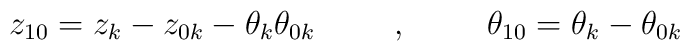
z_{10}=z_{k}-z_{0k}-\theta_{k}\theta_{0k}    \hspace{1cm}  ,\hspace{1cm}   \theta_{10}=\theta_{k}-\theta_{0k}